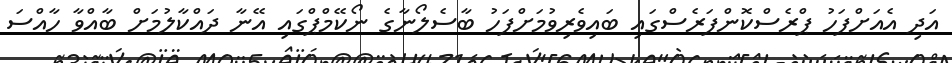
އަދި އެއަށްފަހު ޕްރެސްކޮންފަރެސްގައި ބައިވެރިވުމަށްފަހު ބާސެލޯނާގެ ނޯކޭމްޕްގައި އޭނާ ދައްކާލުމަށް ބާއްވާ ހާއްސަ